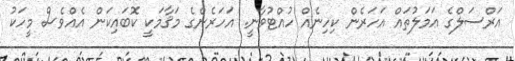
އަރްސަލްގެ ޢަމަލުތައް އަހަރެން ކިހިނެއް ހުއްޓުވާނީ. އަހަރެންގެ މަޤާމަކީ ކޮބައިކަން އެއްވެސް މީހަކު